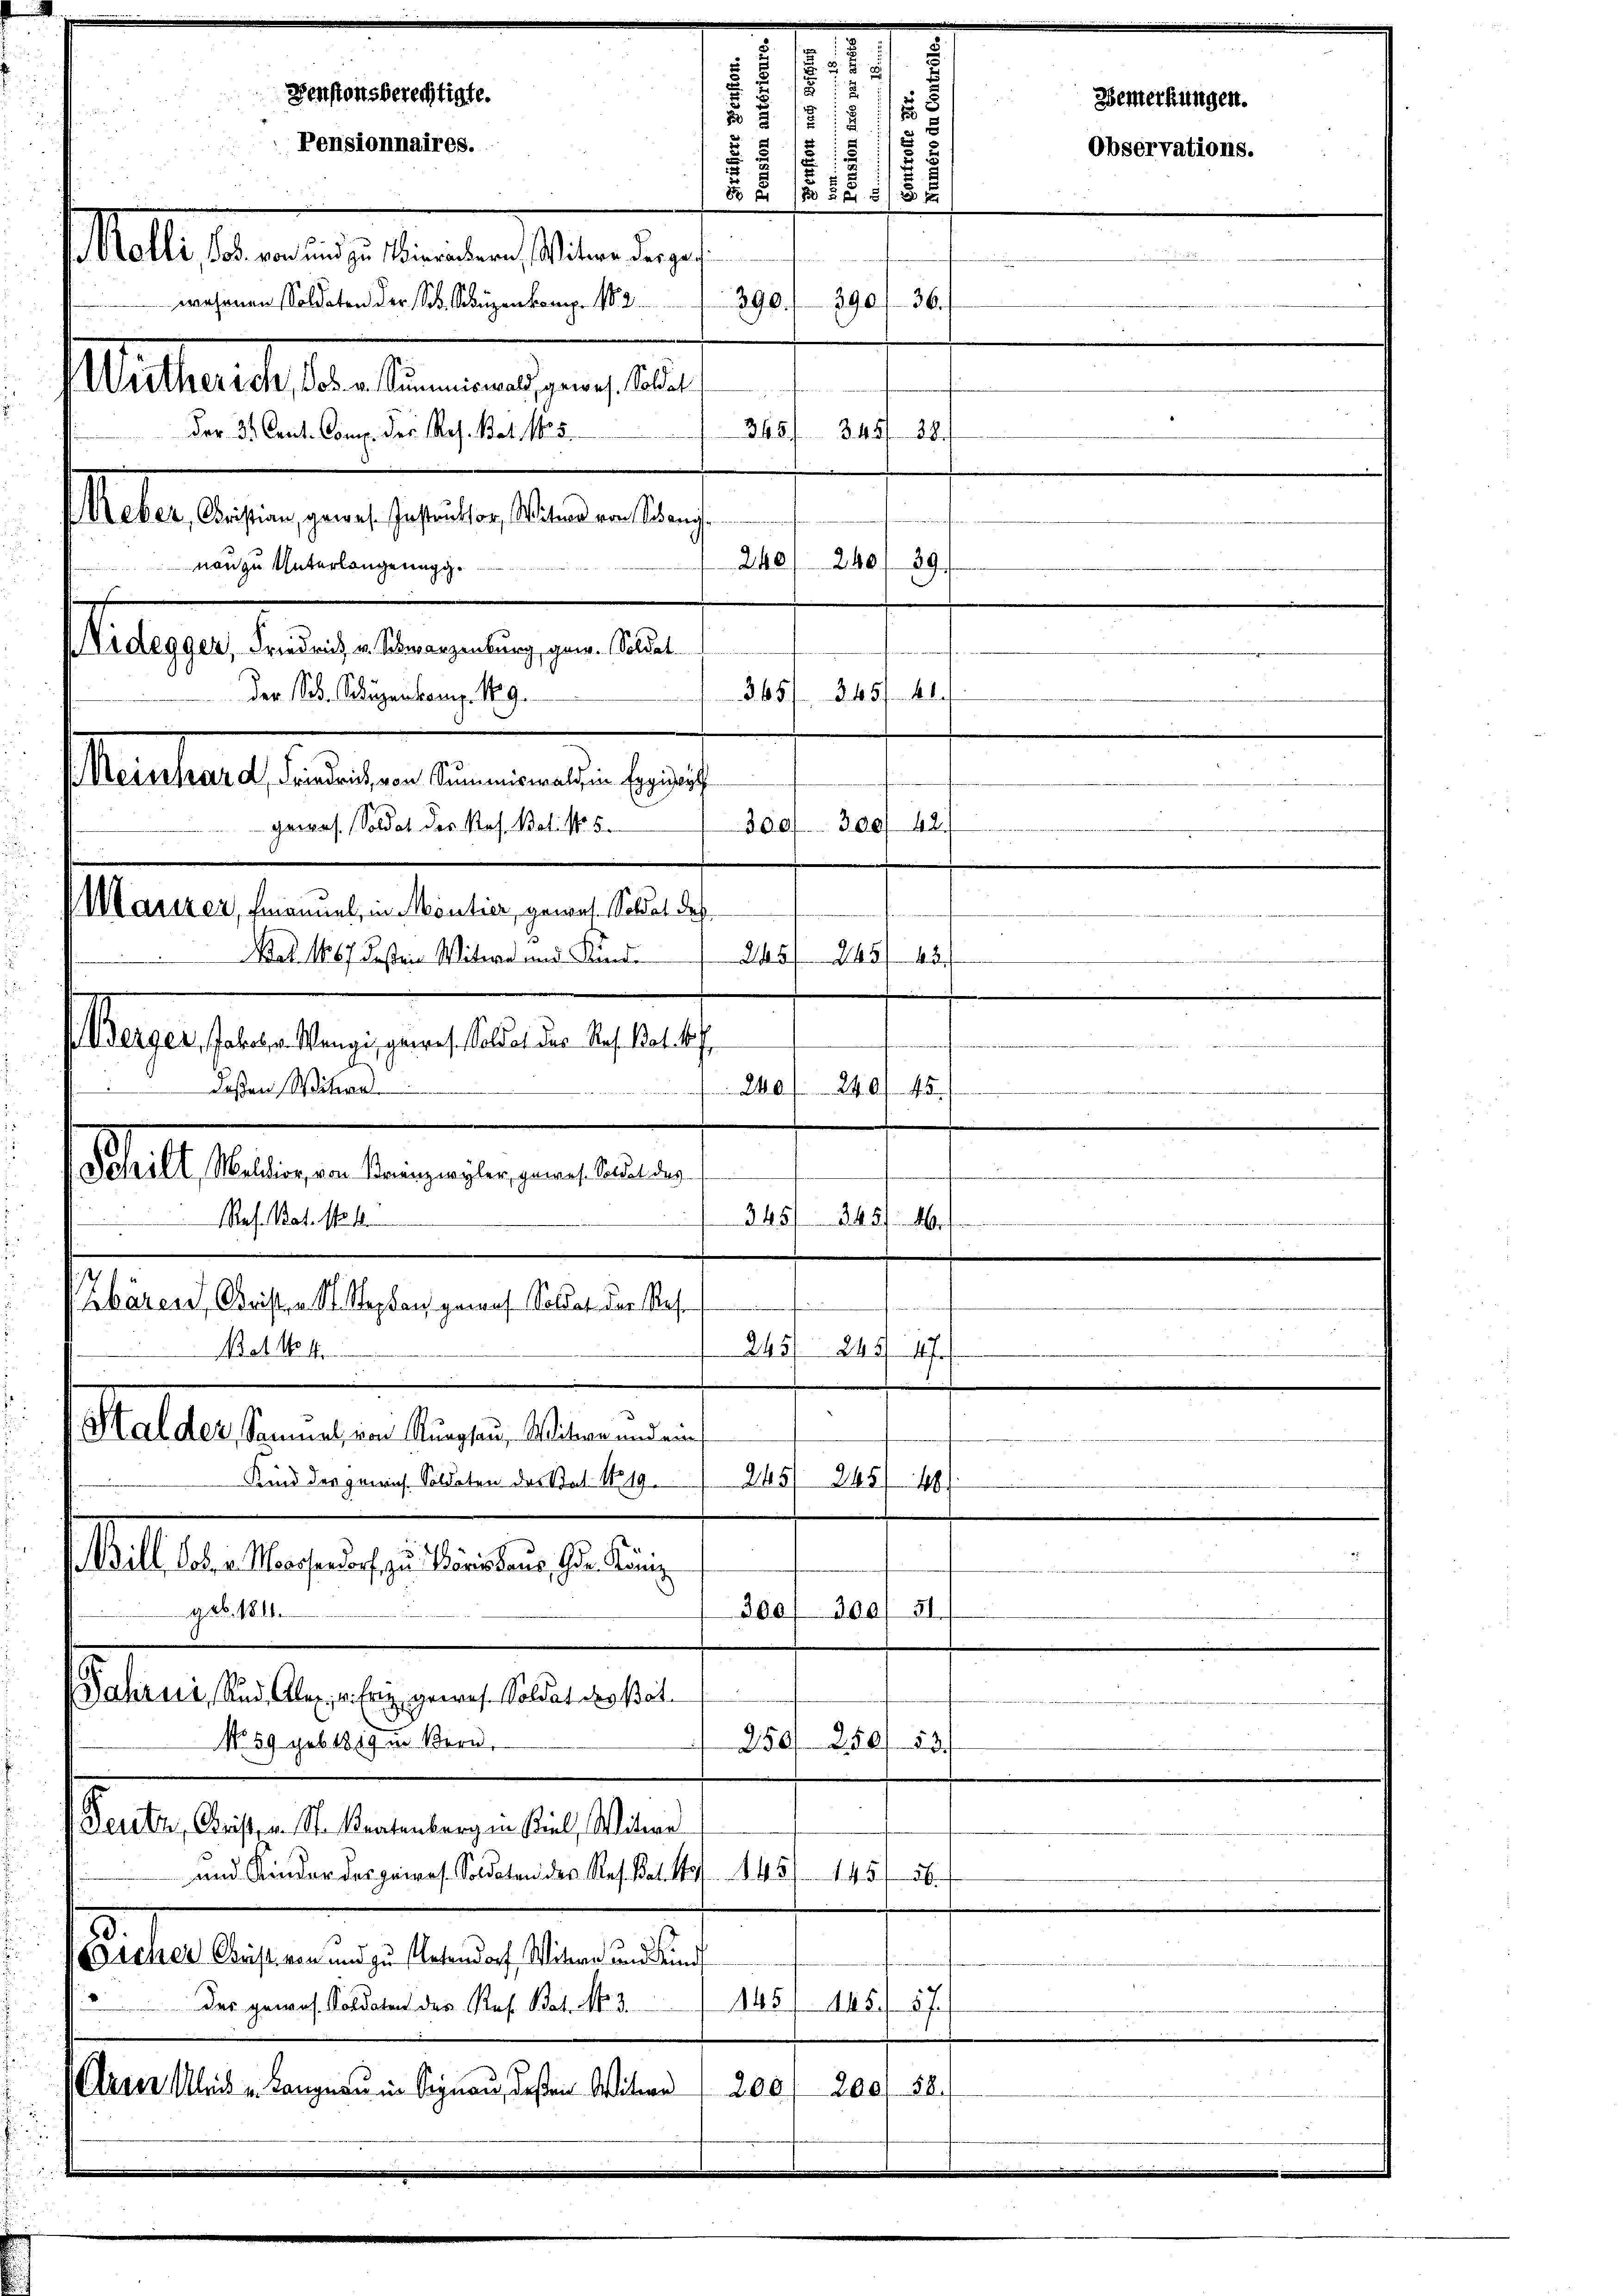
365 f. 345/ 41
Der Nib. Schlägenkamp. 1829.
300/300/ 42.
gewas. Soldat des Koh. Bat. No 5.
Marzer, Emanuel, in Montier gewes. Soldat des
Nat 1867 deßene Witwe und Kind.
s Werger, Jakob v. Wange, gewes. Soldat der Ref Rat f
deßen Witwe
stalt Seiteren bereiten in einen
346. 245. 10.
Ref. Bat. No. 18.
Zbären, Geisten St. Septen gemach Soldat der Res¬
Bat No 4.
245/ 247. 17.
.
Malder, Sammel, von Thurgau, Witwe und ein
Kind der gerich Soldaten der Stat. No 19.
245/245/188.
Brill Jos. v. Marsendorf zu Körishaus, Gr. König
geb. 1811.
300/100, 51
Jahrni, Rud. Alex, v. Friz gewes. Soldat derset
No 59 geb. 1819 in Bern,
250. 250/ 18
Feuten, Krist, in St. Kratenberg in Kiel, Witwe
und Kinder des porres. Soldaten des Res. Bat. Stof 45

Eicher Christern und zu stetendorf Witwer und Kind
1451 145.
des gewes. Soldaten des Ref. Bat. No. 3.
57.
Urser Kleid u. Langnau in Signau, deßen Witwe 200
2001. 58.

5
1
u
Denstonsberechtigte.
.
d
5 18
Pensionnaires.
8
Moll an diese anden Standen
390/ 36.
390.
wahrnen Soldaten der Sch. Schüzenkamp. 182
Wütherich, Jos. v. Summiswald, gewes. Soldat
345/ 345. 28./
der 31. Cent. Comp. des Res. Bat. 15
Ueber, Christian, gewese Instruktor, Witwe von Schang
240/240
non zu Unterlangenugg.
2

slastets auchen einen der auch

Belegen den gelangenen in eine

e
245/245/12
240 f 240
45.
e

Observations.

Bemerkungen.